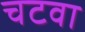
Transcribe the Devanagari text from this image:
चटवा